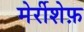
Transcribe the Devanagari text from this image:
मेर्रीशेफ़